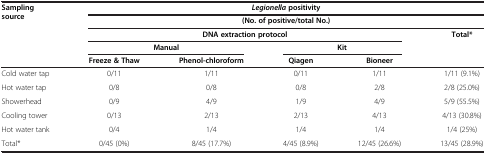
<table><thead><tr><td><b>Sampling source</b></td><td colspan="5"><b><i>Legionella </i>positivity</b></td></tr><tr><td><b> </b></td><td colspan="5"><b>(No. of positive/total No.)</b></td></tr><tr><td><b> </b></td><td colspan="4"><b>DNA extraction protocol</b></td><td><b>Total*</b></td></tr><tr><td><b> </b></td><td colspan="2"><b>Manual</b></td><td colspan="2"><b>Kit</b></td><td><b> </b></td></tr><tr><td><b> </b></td><td><b>Freeze &amp; Thaw</b></td><td><b>Phenol-chloroform</b></td><td><b>Qiagen</b></td><td><b>Bioneer</b></td><td><b> </b></td></tr></thead><tbody><tr><td>Cold water tap</td><td>0/11</td><td>1/11</td><td>0/11</td><td>1/11</td><td>1/11 (9.1%)</td></tr><tr><td>Hot water tap</td><td>0/8</td><td>0/8</td><td>0/8</td><td>2/8</td><td>2/8 (25.0%)</td></tr><tr><td>Showerhead</td><td>0/9</td><td>4/9</td><td>1/9</td><td>4/9</td><td>5/9 (55.5%)</td></tr><tr><td>Cooling tower</td><td>0/13</td><td>2/13</td><td>2/13</td><td>4/13</td><td>4/13 (30.8%)</td></tr><tr><td>Hot water tank</td><td>0/4</td><td>1/4</td><td>1/4</td><td>1/4</td><td>1/4 (25%)</td></tr><tr><td>Total*</td><td>0/45 (0%)</td><td>8/45 (17.7%)</td><td>4/45 (8.9%)</td><td>12/45 (26.6%)</td><td>13/45 (28.9%)</td></tr></tbody></table>